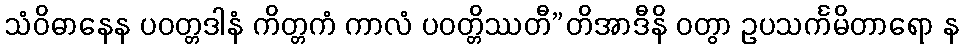
သံဝိဓာနေန ပဝတ္တဒါနံ ကိတ္တကံ ကာလံ ပဝတ္တိဿတီ”တိအာဒီနိ ဝတွာ ဥပသင်္ကမိတာရော န